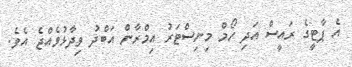
އެ ޕާޓީގެ ރައީސް އަދި ހޯމް މިނިސްޓަރު އިމްރާން އަބްދު ވިދާޅުވެއްޖެ އެވެ.